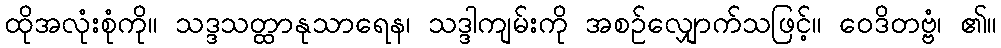
ထိုအလုံးစုံကို။ သဒ္ဒသတ္ထာနုသာရေန၊ သဒ္ဒါကျမ်းကို အစဉ်လျှောက်သဖြင့်။ ဝေဒိတဗ္ဗံ၊ ၏။